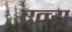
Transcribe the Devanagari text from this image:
एन्यु